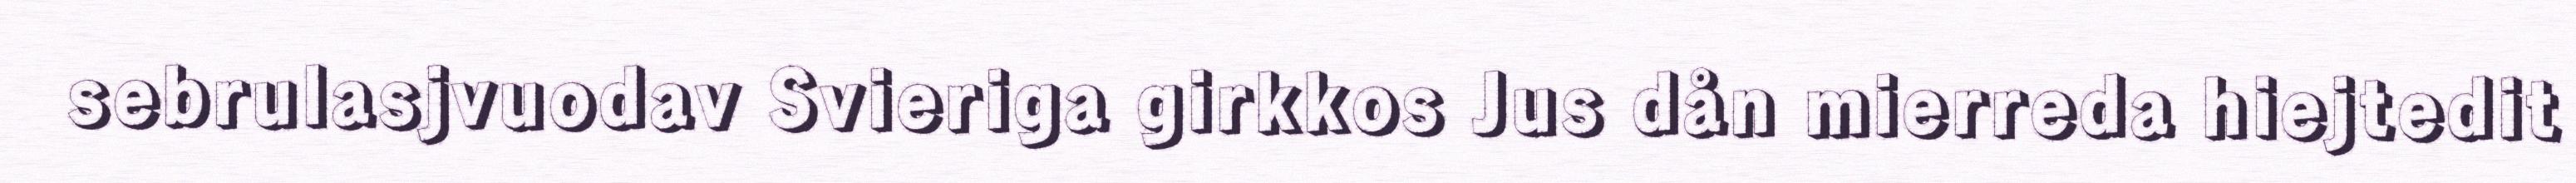
sebrulasjvuodav Svieriga girkkos Jus dån mierreda hiejtedit